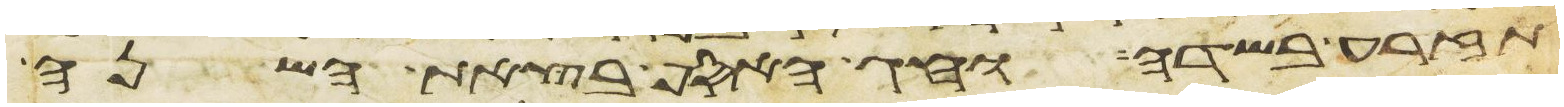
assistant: תזרע בשדה וחג האסף בצאת השנה